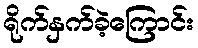
ရိုက်နှက်ခဲ့ကြောင်း